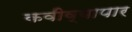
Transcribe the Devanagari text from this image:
कवीव्यापार